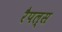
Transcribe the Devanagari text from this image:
रैपल्स